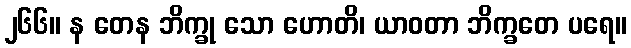
၂၆၆။ န တေန ဘိက္ခု သော ဟောတိ၊ ယာဝတာ ဘိက္ခတေ ပရေ။